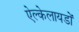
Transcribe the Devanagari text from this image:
ऐल्केलायडों